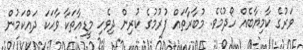
ވަރުގެ ކާމިޔާބެއް ހޯދުމެވެ. މުބާރާތައް ފުރުމުގެ ކުރިން ދިވެހި މީޑިއާތަކާ ވާހަކަ ދައްކަމުން